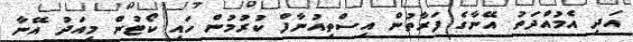
އަދި އެމުއްދަތު އޭނާގެ ފަރާތުން އިސްތިއުނާފް ކުރުމުން ހައި ކޯޓުން މިއަދު އޭނާ